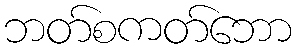
ဘတ်စကတ်ဘော